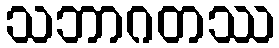
သဘာဂတဿ